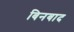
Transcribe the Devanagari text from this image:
बिनबाद